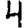
Digit: 4